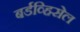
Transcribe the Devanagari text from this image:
बर्डव्हिसेल